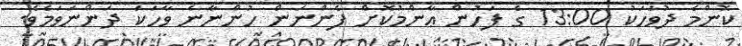
ކޮންމެ ދުވަހަކު 13:00 ގެ ފަހުން ޢާންމުކޮށް ފެންނަން ހުންނާނެ ވާހަކަ ދަންނަވަމެވެ.